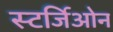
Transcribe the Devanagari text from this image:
स्टर्जिओन